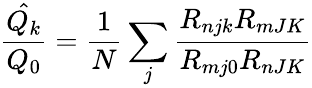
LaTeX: \hat{\frac{Q_{k}}{Q_{0}}}=\frac{1}{N}\sum_{j}{\frac{R_{njk}R_{mJK}}{R_{mj0}R_{nJK}}}